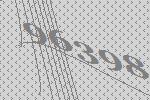
96398